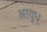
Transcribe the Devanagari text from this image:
आयुध्